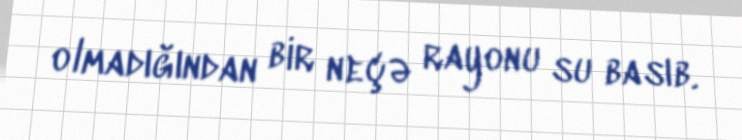
olmadığından bir neçə rayonu su basıb.